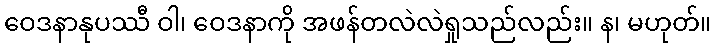
ဝေဒနာနုပဿီ ဝါ၊ ဝေဒနာကို အဖန်တလဲလဲရှုသည်လည်း။ န၊ မဟုတ်။